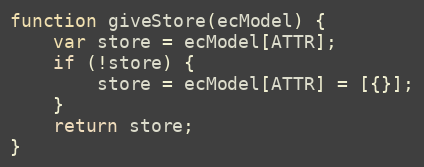
Language: JavaScript
function giveStore(ecModel) {
    var store = ecModel[ATTR];
    if (!store) {
        store = ecModel[ATTR] = [{}];
    }
    return store;
}